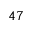
^ Ḋ 4 7 Ḍ